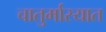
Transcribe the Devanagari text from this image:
चातुर्मास्यात